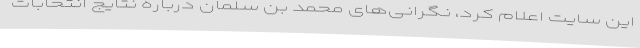
این سایت اعلام کرد، نگرانی‌های محمد بن سلمان درباره نتایج انتخابات